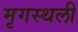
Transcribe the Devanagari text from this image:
मृगस्थली